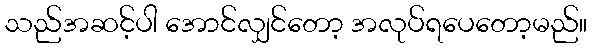
သည်အဆင့်ပါ အောင်လျှင်တော့ အလုပ်ရပေတော့မည်။